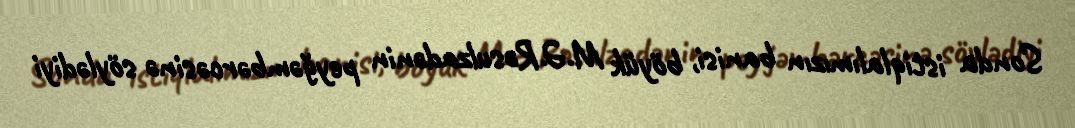
Sonda istiqlalımızın banisi, böyük M.Ə.Rəsulzadənin peyğəmbərcəsinə söylədiyi